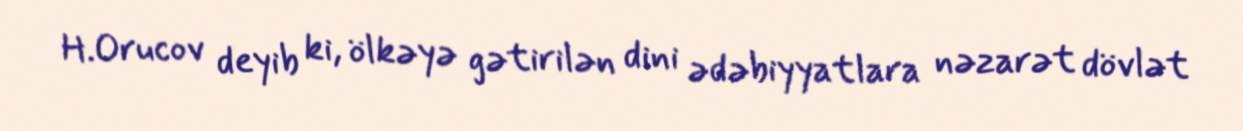
H.Orucov deyib ki, ölkəyə gətirilən dini ədəbiyyatlara nəzarət dövlət